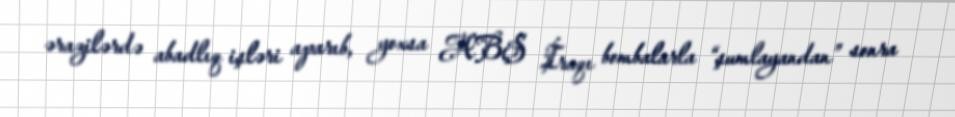
ərazilərdə abadlıq işləri aparıb, yoxsa ABŞ İraqı bombalarla “şumlayandan” sonra